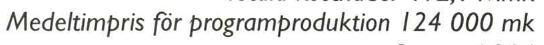
Medeltimpris för programproduktion 124 000 mk